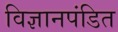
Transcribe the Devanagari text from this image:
विज्ञानपंडित